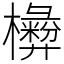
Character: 𣟗